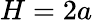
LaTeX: H=2a